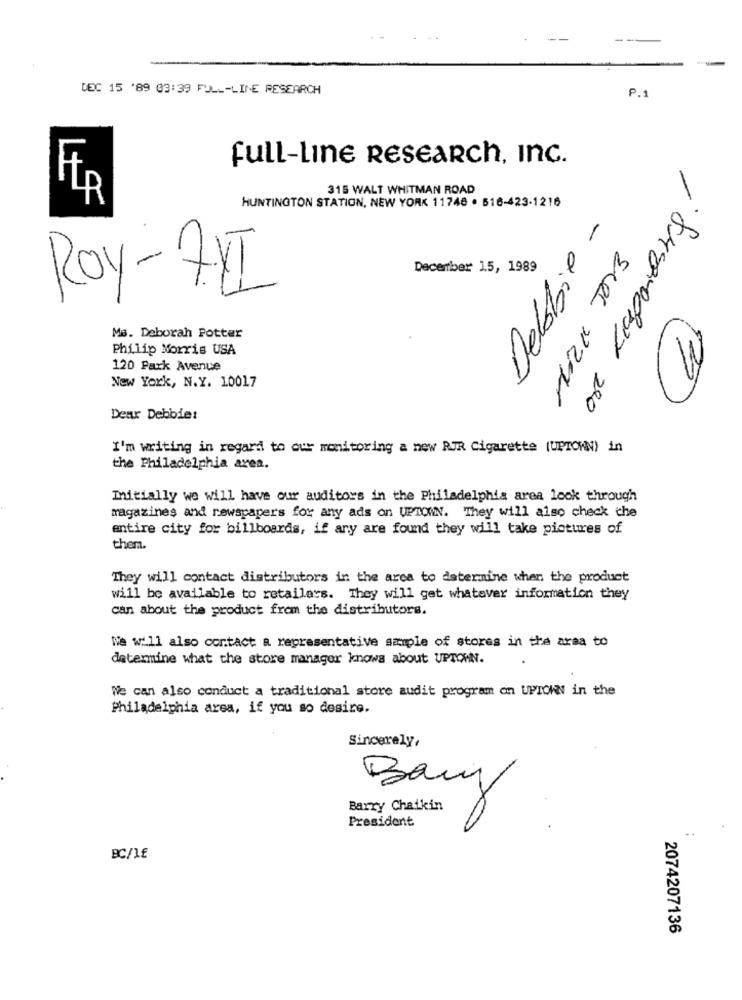
DEC 15 '89 03:39 FULL-LINE RESEARCH
P.
full-Line RESEARch, Inc.
315 WALT WHITMAN ROAD
HER
HUNTINGTON STATION, NEW YORK 11746 . 516-423-1216
Debbie -
December 15, 1989
ROY-7.VI
Ms. Deborah Potter
Philip Morris USA
120 Park Avenue
New York, N.Y. 10017
1
0
Dear Debbie:
I'm writing in regard to our monitoring a new RIR Cigarette (UPTOWN) in
the Philadelphia area.
Initially we will have our auditors in the Philadelphia area look through
magazines and newspapers for any ads on UPTOWN. They will also check the
entire city for billboards, if any are found they will take pictures of
them.
They will contact distributors in the area to determine when the product
will be available to retailers. They will get whatever information they
can about the product from the distributors.
We will also contact a representative sample of stores in the area to
determine what the store manager knows about UPTOWN.
We can also conduct a traditional store audit program on UPTOWN in the
Philadelphia area, if you so desire.
Sincerely,
5
Ban
Barry Chaikin
President
BC/1£
2074207136